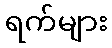
ရက်များ